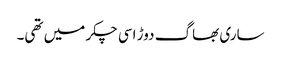
ساری بھاگ دوڑ اسی چکر میں تھی۔